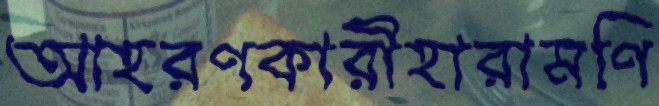
আহরণকারীহারামণি